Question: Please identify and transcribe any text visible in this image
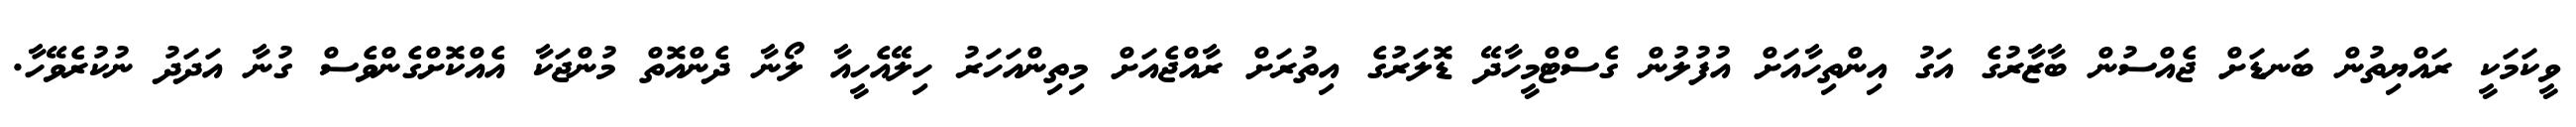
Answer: ވީކަމަކީ ރައްޔިތުން ބަނޑަށް ޖެއްސުން ބާޒާރުގެ އަގު އިންތިހާއަށް އުފުލުން ގެސްޓްމީހާދޭ ޑޮލަރުގެ އިތުރަށް ރާއްޖެއަށް މިތިންއަހަރު ހިލޭއެހީއާ ލޯނާ ދެންއޮތް މުންޖަކާ އެއްކޮށްގެންވެސް ގުނާ އަދަދު ނުކުރެވޭހާ.